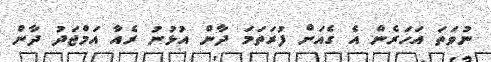
ނުވަތަ އަހަރެން އެ ގެއަށް ފުރަތަމަ ދާން އުޅުނު ރެއާ އަމްޖަދު ދާން